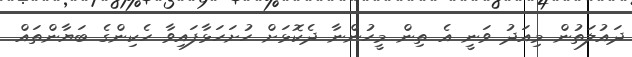
ދައުލަތުން މިއަދު ވަނީ އެ ތިން މީހުންނާ ދެކޮޅަށް ހުށަހަޅާފައިވާ ހެކިންގެ ބަޔާންތައް